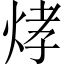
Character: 𤉗